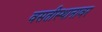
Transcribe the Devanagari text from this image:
वसतीस्थानावर